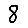
Digit: 8